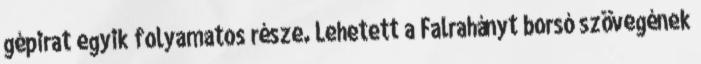
gépirat egyik folyamatos része. Lehetett a Falrahányt borsó szövegének